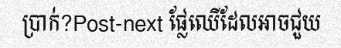
ប្រាក់?Post-next ផ្លែឈើដែលអាចជួយ